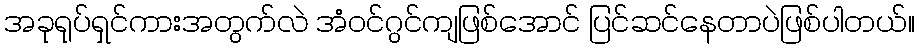
အခုရုပ်ရှင်ကားအတွက်လဲ အံဝင်ဂွင်ကျဖြစ်အောင် ပြင်ဆင်နေတာပဲဖြစ်ပါတယ်။